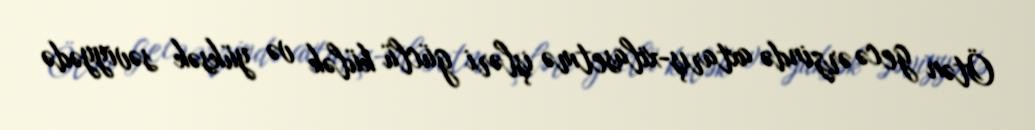
Ötən gecə ərzində axtarış-xilasetmə işləri güclü külək və yüksək səviyyədə